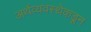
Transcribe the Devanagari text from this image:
अर्थव्यवस्थेकडून